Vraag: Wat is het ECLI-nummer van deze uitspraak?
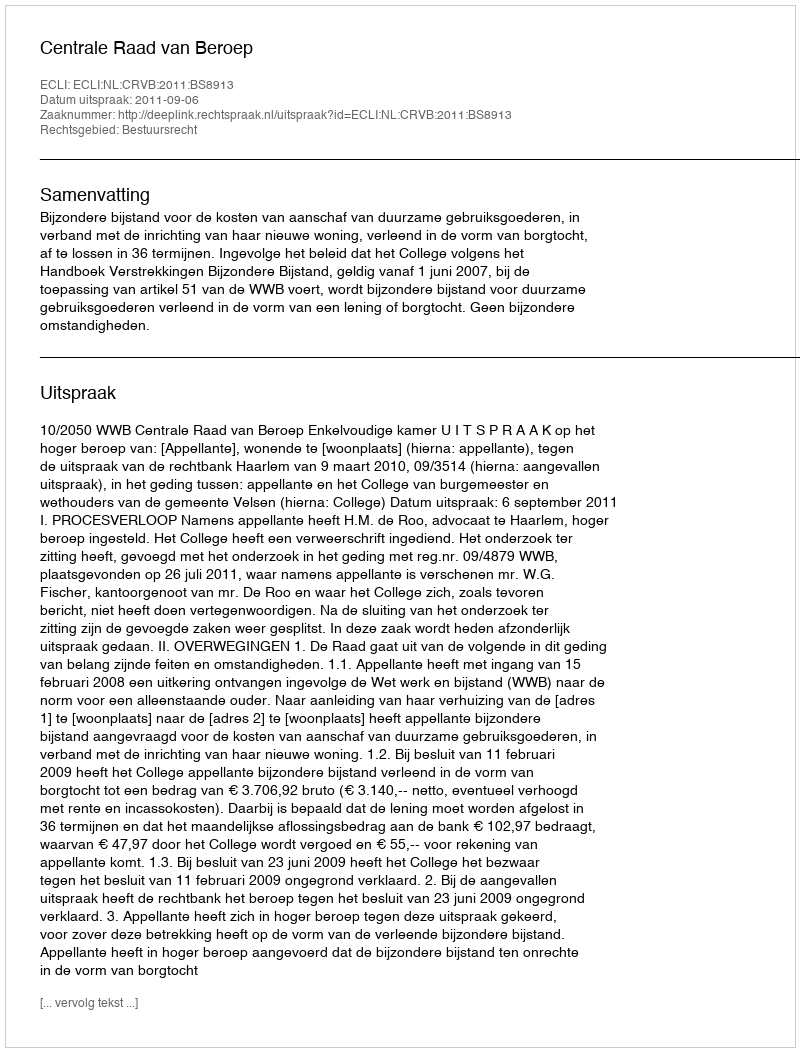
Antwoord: ECLI:NL:CRVB:2011:BS8913